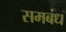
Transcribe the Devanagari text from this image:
समबंध